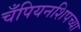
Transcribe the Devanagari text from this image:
चँपियनशिपच्या